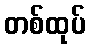
တစ်ထုပ်